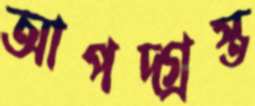
আপদ্‌গ্রস্ত